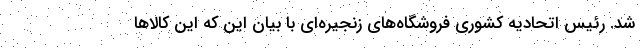
شد. رئيس اتحاديه كشوري فروشگاه‌هاي زنجيره‌اي با بيان اين كه اين كالاها